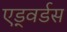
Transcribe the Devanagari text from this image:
एड्वर्डस